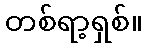
တစ်ရာ့ရှစ်။